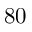
8 0